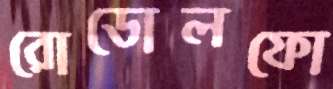
রোডোলফো